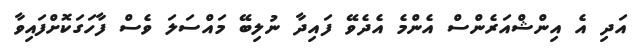
އަދި އެ އިންޝްއަރެންސް އެންމެ އެދެވޭ ފައިދާ ނުލިބޭ މައްސަލަ ވެސް ފާހަގަކޮށްފައިވާ